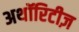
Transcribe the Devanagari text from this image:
अथॉरिटीज़